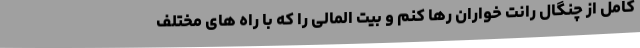
کامل از چنگال رانت خواران رها کنم و بیت المالی را که با راه های مختلف